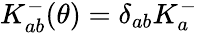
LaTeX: K_{ab}^{-}(\theta)=\delta_{ab}K_{a}^{-}